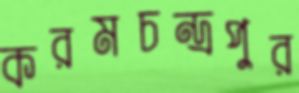
করমচন্দ্রপুর